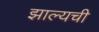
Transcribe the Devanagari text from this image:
झाल्यची